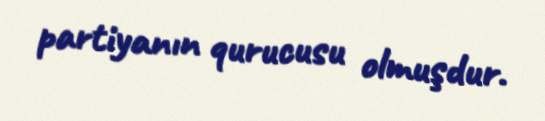
partiyanın qurucusu olmuşdur.